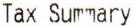
TAX SUMMARY